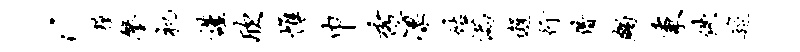
c粮鏊祀谨欣帷巾秀凛姑满邂行借蠲秉佚筵